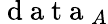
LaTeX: \mathrm{~d~a~t~a~}_{A}